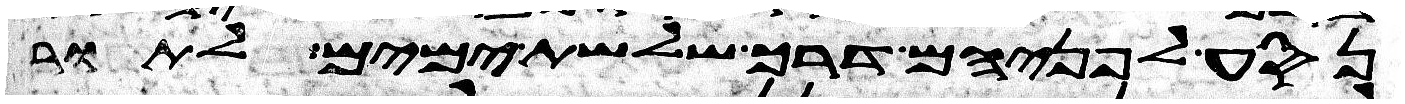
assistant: נסע לפניהם דרך שלשת ימים לתור